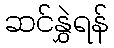
ဆင်နွှဲရန်